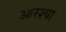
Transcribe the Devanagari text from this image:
आरश्या